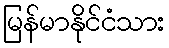
မြန်မာနိုင်ငံသား